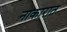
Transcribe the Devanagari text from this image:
नाकारात